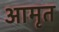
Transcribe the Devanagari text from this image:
आमृत